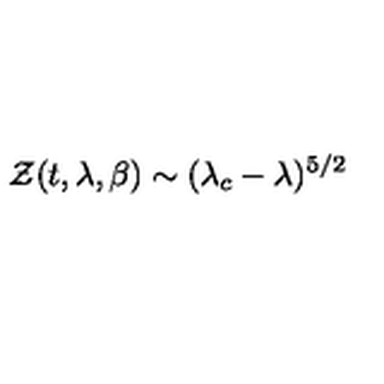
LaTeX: { \cal Z } ( t , \lambda , \beta ) \sim ( \lambda _ { c } - \lambda ) ^ { 5 / 2 }